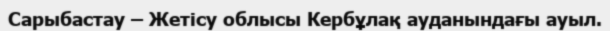
Сарыбастау – Жетісу облысы Кербұлақ ауданындағы ауыл.